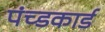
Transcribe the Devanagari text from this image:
पंच्डकार्ड